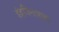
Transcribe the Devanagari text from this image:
इंद्रविनाशक